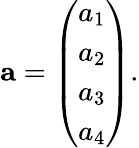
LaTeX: \mathbf{a}={\left(\begin{array}{l}{a_{1}}\\ {a_{2}}\\ {a_{3}}\\ {a_{4}}\end{array}\right)}.